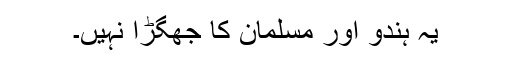
یہ ہندو اور مسلمان کا جھگڑا نہیں۔